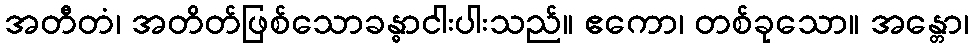
အတီတံ၊ အတိတ်ဖြစ်သောခန္ဓာငါးပါးသည်။ ဧကော၊ တစ်ခုသော။ အန္တော၊